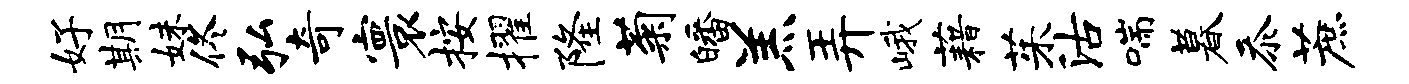
好期妹佟弘奇寰按擢隆菊皤羔弄峨藉茱沽喘暮忝蔗